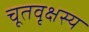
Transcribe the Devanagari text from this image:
चूतवृक्षस्य